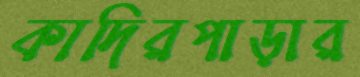
কাদিরপাড়ার